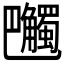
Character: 𧥔